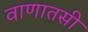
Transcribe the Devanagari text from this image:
वाणातसी